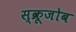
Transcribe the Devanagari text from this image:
स्क्रूजोब